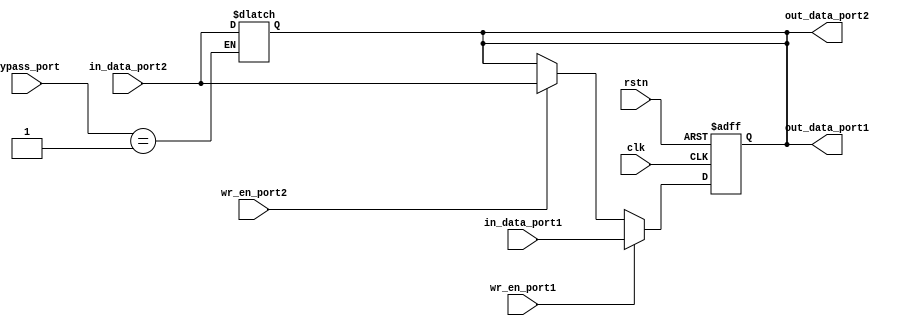
module dual_port_bypass_reg(
    input wire clk,
    input wire rstn,
    input wire [31:0] in_data_port1,
    input wire [31:0] in_data_port2,
    input wire [31:0] bypass_port,
    input wire wr_en_port1,
    input wire wr_en_port2,
    output reg [31:0] out_data_port1,
    output reg [31:0] out_data_port2
);

reg [31:0] reg_data;

always @(posedge clk or negedge rstn) begin
    if (~rstn) begin
        reg_data <= 32'b0;
    end else begin
        if (wr_en_port1) begin
            reg_data <= in_data_port1;
        end else if (wr_en_port2) begin
            reg_data <= in_data_port2;
        end
    end
end

assign out_data_port1 = reg_data;
assign out_data_port2 = reg_data;

always @(*) begin
    if (bypass_port == 1) begin // bypass register
        out_data_port1 = in_data_port1;
        out_data_port2 = in_data_port2;
    end
end

endmodule